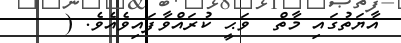
އާޔަތުގައި މާތް  ވަޙީ ކުރައްވާފައިވެއެވެ. (